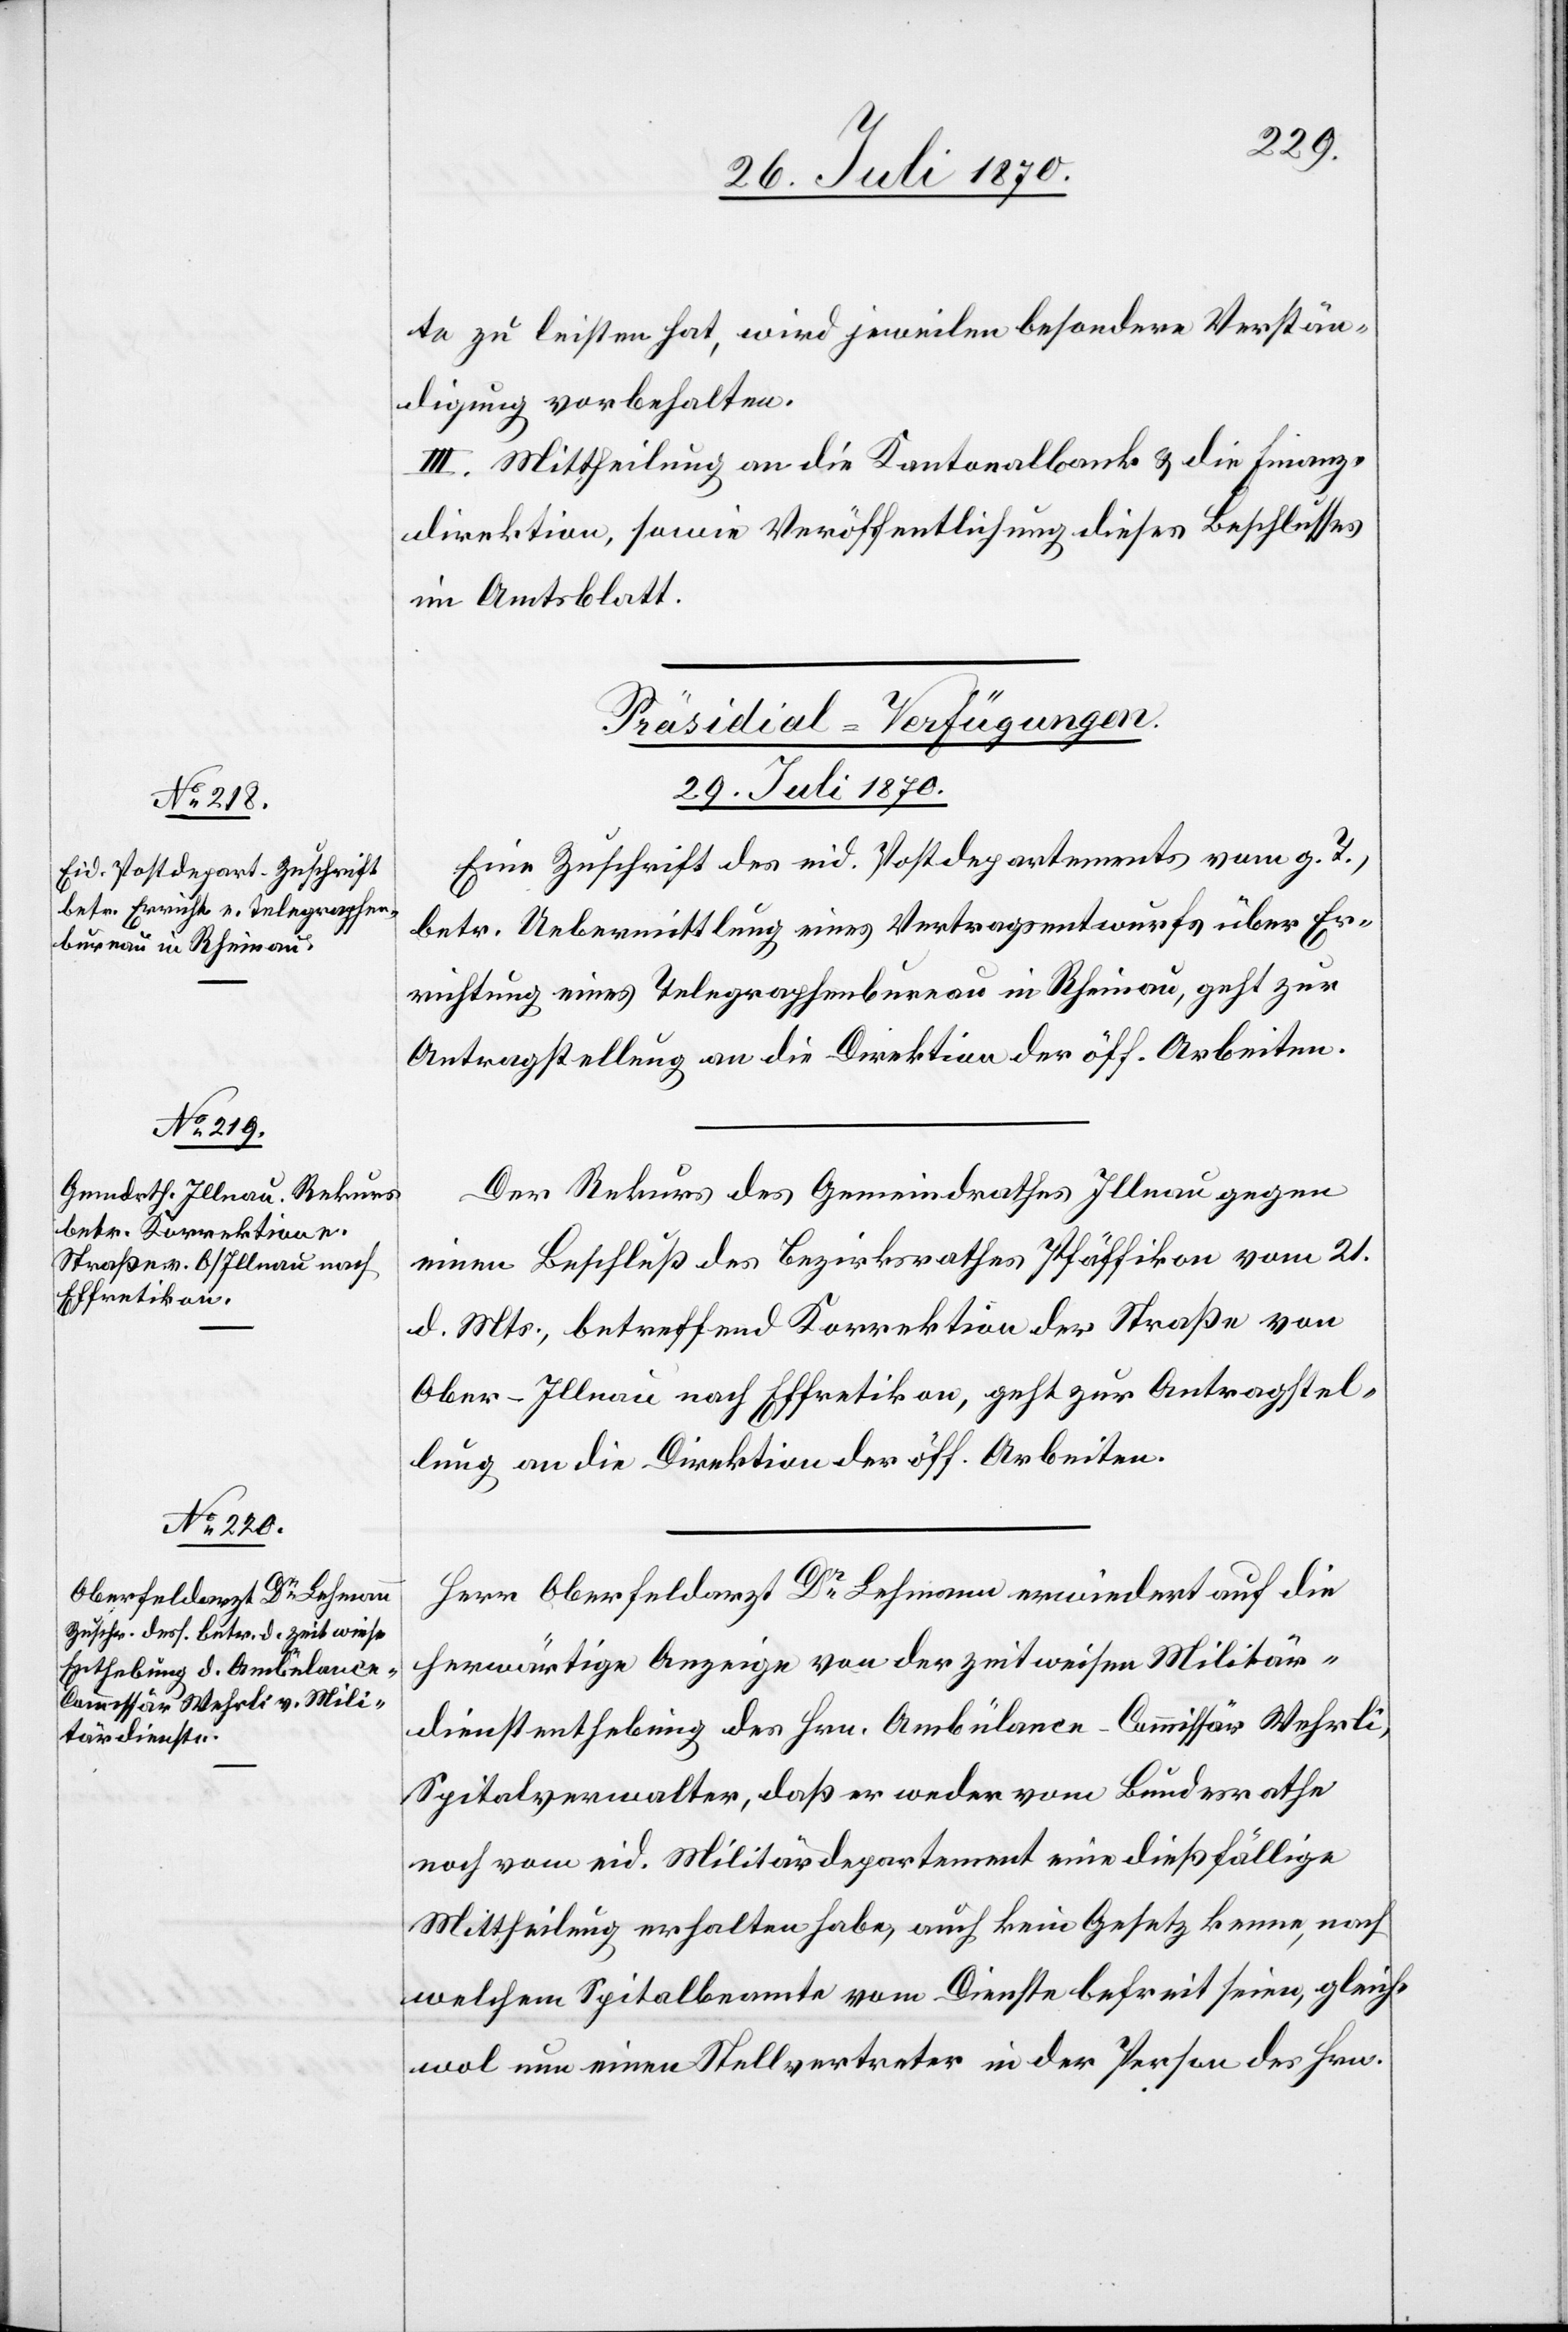
te zu leisten hat, wird jeweilen besondere Verstän¬
digung vorbehalten.
III. Mittheilung an die Kantonalbank & die Finanz¬
direktion, sowie Veröffentlichung dieses Beschlusses
im Amtsblatt.
[Präsidial-Verfügungen.
29. Juli 1870.]
Eine Zuschrift des eid. Postdepartements vom g. T.,
betr. Uebermittlung eines Vertragsentwurfs über Er¬
richtung eines Telegraphenbureau in Rheinau, geht zur
Antragstellung an die Direktion der öff. Arbeiten.
Der Rekurs des Gemeindrathes Illnau gegen
einen Beschluß des Bezirksrathes Pfäffikon vom 21.
d. Mts., betreffend Korrektion der Straße von
Ober-Illnau nach Effretikon, geht zur Antragstel¬
lung an die Direktion der öff. Arbeiten.
Herr Oberfeldarzt Dr Lehmann erwiedert auf die
herwärtige Anzeige von der zeitweisen Militär¬
dienstenthebung des Hrn. Ambülance-Commissär Wehrli,
Spitalverwalter, daß er weder vom Bundesrathe
noch vom eid. Militärdepartement eine dießfällige
Mittheilung erhalten habe, auch kein Gesetz kenne, nach
welchem Spitalbeamte vom Dienste befreit seien, gleich¬
wol nun einen Stellvertreter in der Person des Hrn.